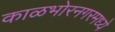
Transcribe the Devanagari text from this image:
काळभोरनगरमध्ये